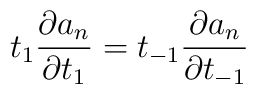
t_{1}\frac{\partial a_{n}}{\partial t_{1}}=t_{-1}\frac{\partial a_{n}}{\partial t_{-1}}